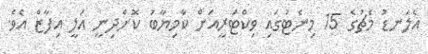
އެލަނޑު މެޗުގެ 15 މިނެޓުގައި ވިކްޓަރީއަށް ކާމިޔާބު ކޮށްދިނީ އަލީ އިފާޒް އެވެ.